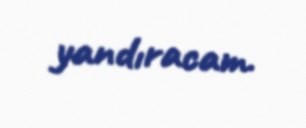
yandıracam.